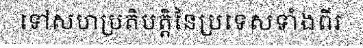
ទៅសហប្រតិបត្តិនៃប្រទេសទាំងពីរ